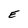
Character: E